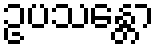
ဥပသန္တော